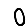
Digit: 0